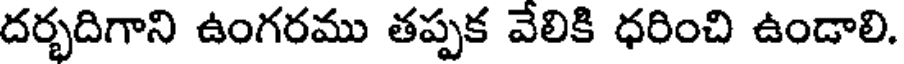
దర్భదిగాని ఉంగరము తప్పక వేలికి ధరించి ఉండాలి.